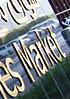
market